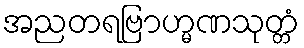
အညတရဗြာဟ္မဏသုတ္တံ